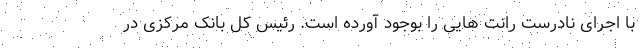
با اجرای نادرست رانت هایی را بوجود آورده است. رئیس کل بانک مرکزی در